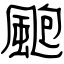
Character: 颮